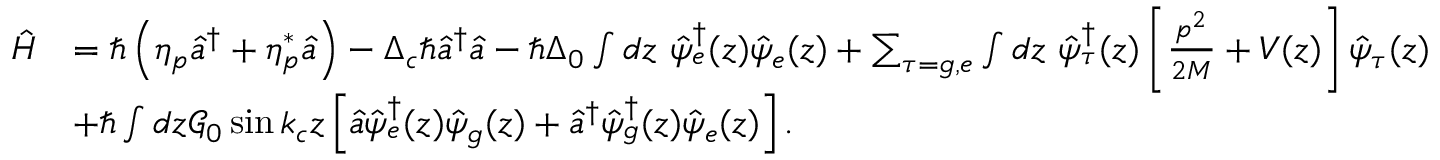
\begin{array} { r l } { \hat { H } } & { = \hbar \left( \eta _ { p } \hat { a } ^ { \dagger } + \eta _ { p } ^ { * } \hat { a } \right) - \Delta _ { c } \hbar \hat { a } ^ { \dagger } \hat { a } - \hbar \Delta _ { 0 } \int d z \ \hat { \psi } _ { e } ^ { \dagger } ( z ) \hat { \psi } _ { e } ( z ) + \sum _ { \tau = g , e } \int d z \ \hat { \psi } _ { \tau } ^ { \dagger } ( z ) \left[ \frac { p ^ { 2 } } { 2 M } + V ( z ) \right] \hat { \psi } _ { \tau } ( z ) } \\ & { + \hbar \int d z \mathcal { G } _ { 0 } \sin k _ { c } z \left[ \hat { a } \hat { \psi } _ { e } ^ { \dagger } ( z ) \hat { \psi } _ { g } ( z ) + \hat { a } ^ { \dagger } \hat { \psi } _ { g } ^ { \dagger } ( z ) \hat { \psi } _ { e } ( z ) \right] . } \end{array}